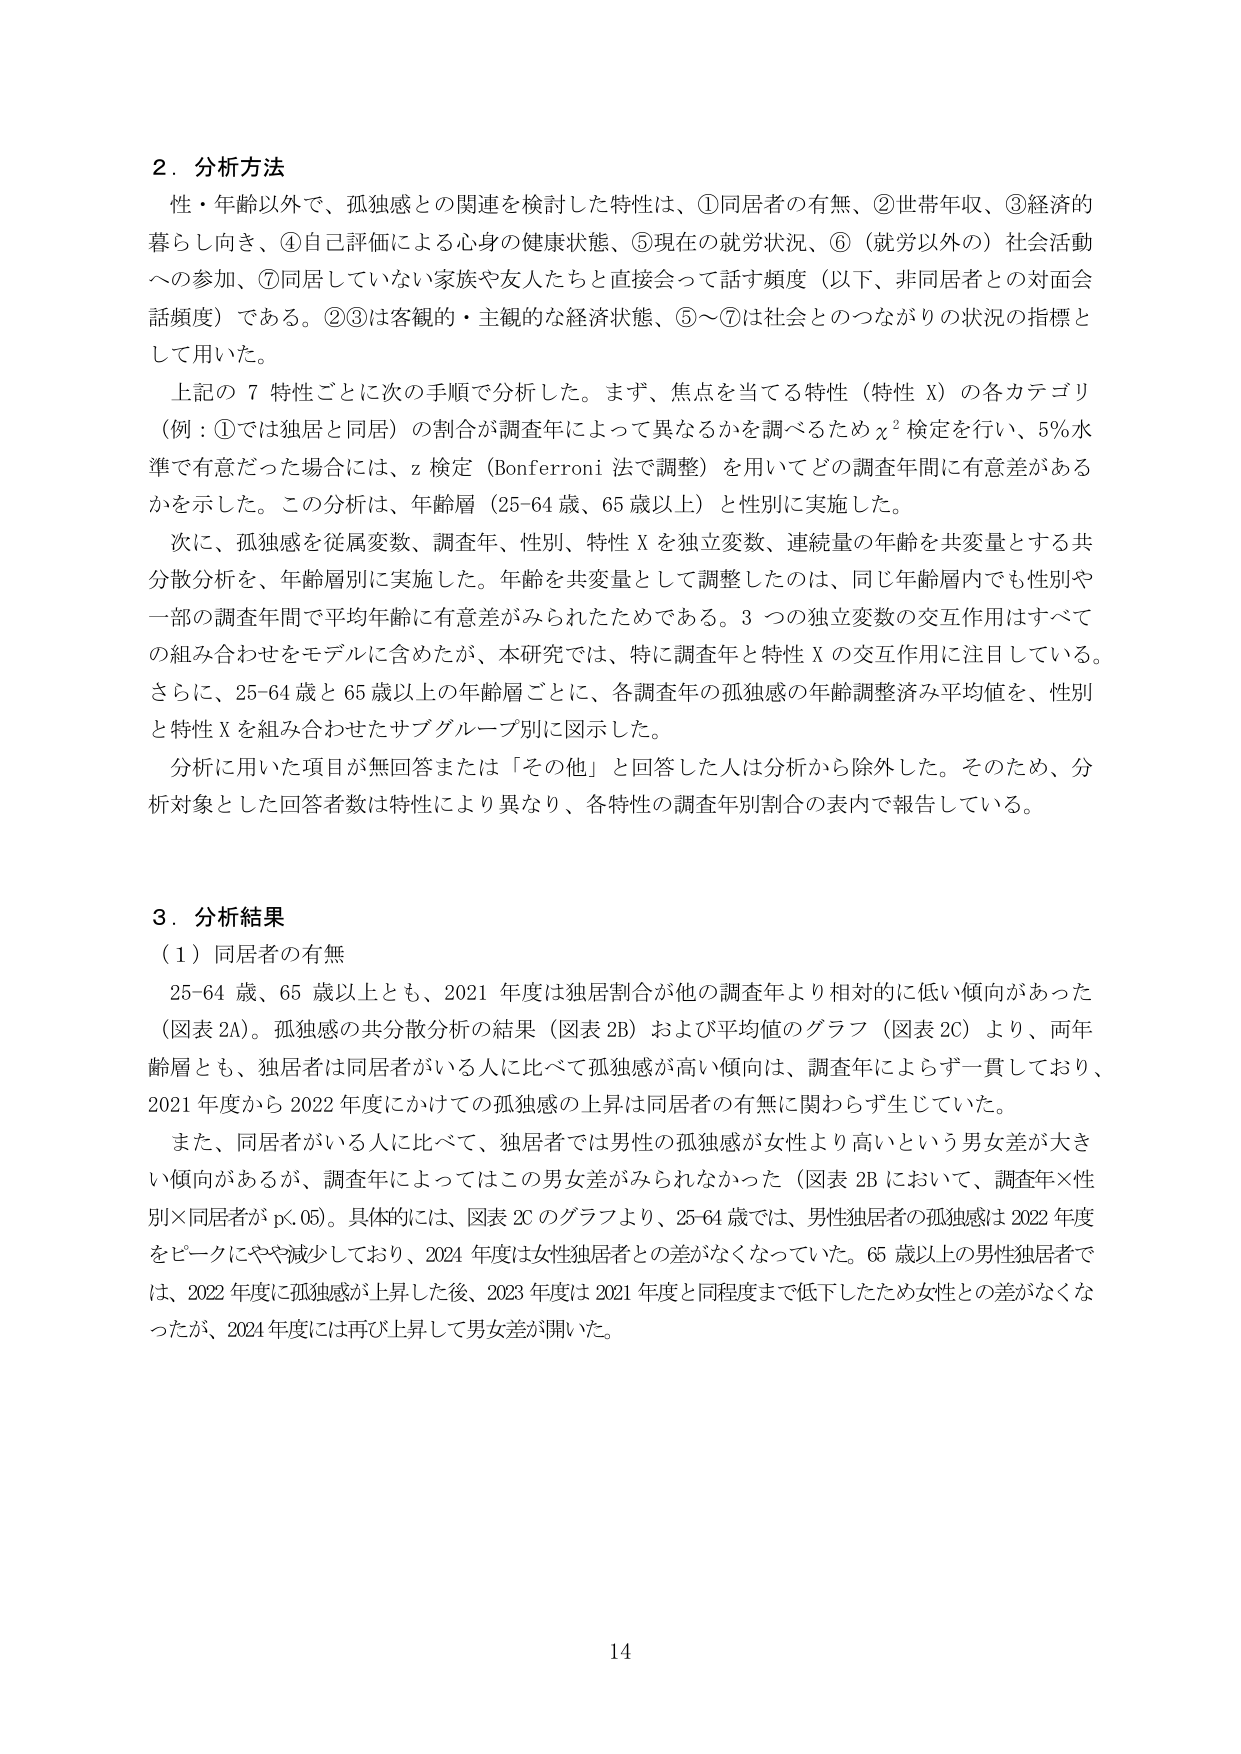
2．分析方法
性・年齢以外で、孤独感との関連を検討した特性は、①同居者の有無、②世帯年収、③経済的暮らし向き、④自己評価による心身の健康状態、⑤現在の就労状況、⑥（就労以外の）社会活動への参加、⑦同居していない家族や友人たちと直接会って話す頻度（以下、非同居者との対面会話頻度）である。②③は客観的・主観的な経済状態、⑤～⑦は社会とのつながりの状況の指標として用いた。

上記の７特性ごとに次の手順で分析した。まず、焦点を当てる特性（特性 X）の各カテゴリ（例：①では独居と同居）の割合が調査年によって異なるかを調べるためχ²検定を行い、5％水準で有意だった場合には、z検定（Bonferroni法で調整）を用いてどの調査年間に有意差があるかを示した。この分析は、年齢層（25-64歳、65歳以上）と性別に実施した。

次に、孤独感を従属変数、調査年、性別、特性Xを独立変数、連続量の年齢を共変量とする共分散分析を、年齢層別に実施した。年齢を共変量として調整したのは、同じ年齢層内でも性別や一部の調査年間で平均年齢に有意差がみられたためである。3つの独立変数の交互作用はすべての組み合わせをモデルに含めたが、本研究では、特に調査年と特性Xの交互作用に注目している。さらに、25-64歳と65歳以上の年齢層ごとに、各調査年の孤独感の年齢調整済み平均値を、性別と特性Xを組み合わせたサブグループ別に図示した。

分析に用いた項目が無回答または「その他」と回答した人は分析から除外した。そのため、分析対象とした回答者数は特性により異なり、各特性の調査年別割合の表内で報告している。

3．分析結果
（1）同居者の有無
25-64歳、65歳以上とも、2021年度は独居割合が他の調査年より相対的に低い傾向があった（図表2A）。孤独感の共分散分析の結果（図表2B）および平均値のグラフ（図表2C）より、両年齢層とも、独居者は同居者がいる人に比べて孤独感が高い傾向は、調査年によらず一貫しており、2021年度から2022年度にかけての孤独感の上昇は同居者の有無に関わらず生じていた。

また、同居者がいる人に比べて、独居者では男性の孤独感が女性より高いという男女差が大きい傾向があるが、調査年によってはこの男女差がみられなかった（図表2Bにおいて、調査年×性別×同居者がp<.05）。具体的には、図表2Cのグラフより、25-64歳では、男性独居者の孤独感は2022年度をピークにやや減少しており、2024年度は女性独居者との差がなくなっていた。65歳以上の男性独居者では、2022年度に孤独感が上昇した後、2023年度は2021年度と同程度まで低下したため女性との差がなくなっただが、2024年度には再び上昇して男女差が開いた。

14